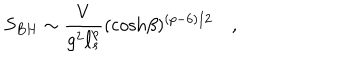
LaTeX: S _ { B H } \sim { \frac { V } { g ^ { 2 } \ell _ { s } ^ { p } } } ( \cosh \! \beta ) ^ { ( p - 6 ) / 2 } \quad ,